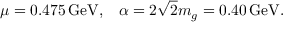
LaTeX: \mu = 0 . 4 7 5 \, \mathrm { G e V } , \; \; \; \alpha = 2 \sqrt { 2 } m _ { g } = 0 . 4 0 \, \mathrm { G e V } .